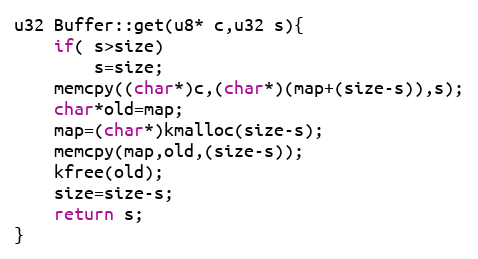
Language: C++
u32 Buffer::get(u8* c,u32 s){
	if( s>size)
		s=size;
	memcpy((char*)c,(char*)(map+(size-s)),s);
	char*old=map;
	map=(char*)kmalloc(size-s);
	memcpy(map,old,(size-s));
	kfree(old);
	size=size-s;
	return s;
}